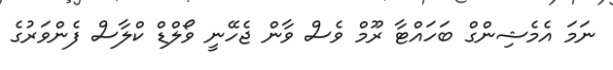
ނަމަ އެމެޝިންގް ބަހައްޓާ ރޫމް ވެސް ވާން ޖެހޭނީ ވޯލްޑް ކްލާސް ފެންވަރުގެ